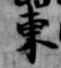
東